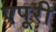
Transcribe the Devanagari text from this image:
एपूरी